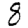
Digit: 8